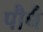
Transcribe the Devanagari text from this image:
पौधै